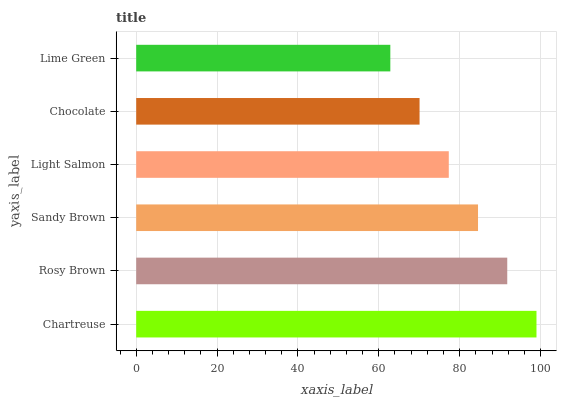
| yaxis_label | bars |
 | --- | --- |
 | Chartreuse | 99 |
 | Rosy Brown | 91.8 |
 | Sandy Brown | 84.5 |
 | Light Salmon | 77.3 |
 | Chocolate | 70.1 |
 | Lime Green | 62.9 |